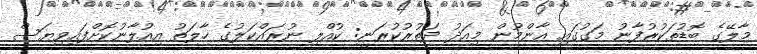
މާލޭގެ ބޮޑުތަކުރުފާނު މަގުގައި އާންމުން މިއަދު ދަތުރުކުރަނީ: ކުއްލި ނުރައްކަލުގެ ހާލަތު އިއުލާނުކޮށްފައިވިޔަސް